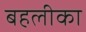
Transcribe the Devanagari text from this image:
बहलीका